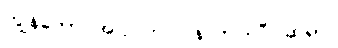
ကျွန်တော် အပြင်က ပြန်လာပါပြီ၊ ဆရာ။